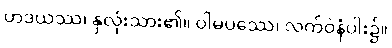
ဟဒယဿ၊ နှလုံးသား၏။ ဝါမပဿေ၊ လက်ဝဲနံပါး၌။